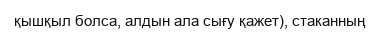
қышқыл болса, алдын ала сығу қажет), стаканның